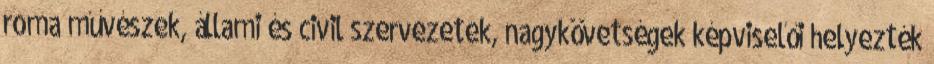
roma művészek, állami és civil szervezetek, nagykövetségek képviselői helyezték